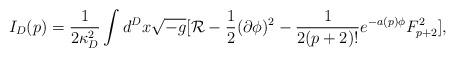
LaTeX: \begin{align*}I_D(p)={1\over{2\kappa^2_D}}\int d^Dx\sqrt{-g}[{\cal R}-{1\over 2}(\partial\phi)^2-{1\over{2(p+2)!}}e^{-a(p)\phi}F^2_{p+2}],\end{align*}